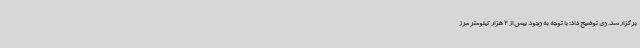
برگزار شد. وی توضیح داد: با توجه به وجود بیش از 2 هزار کیلومتر مرز